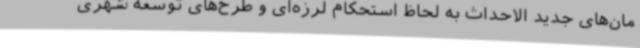
مان‌های جدید الاحداث به لحاظ استحکام لرزه‌ای و طرح‌های توسعه شهری